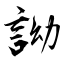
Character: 詏